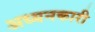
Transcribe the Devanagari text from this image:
अध्यनकारी